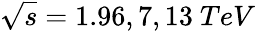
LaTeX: \sqrt{s}=1.96,7,13\ TeV